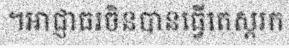
។អាជ្ញាធរចិនបានធ្វើតេស្តរក